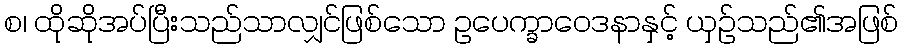
စ၊ ထိုဆိုအပ်ပြီးသည်သာလျှင်ဖြစ်သော ဥပေက္ခာဝေဒနာနှင့် ယှဉ်သည်၏အဖြစ်